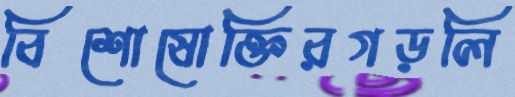
বিশোষোক্তিরগড়লি